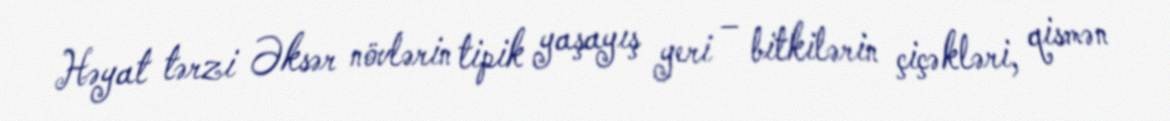
Həyat tərzi Əksər növlərin tipik yaşayış yeri – bitkilərin çiçəkləri, qismən